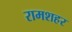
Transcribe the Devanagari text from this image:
रामशहर